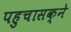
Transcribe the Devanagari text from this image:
पहुचासक्ने